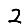
Digit: 2